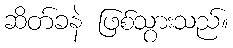
ဆိတ်ခနဲ ဖြစ်သွားသည်။